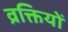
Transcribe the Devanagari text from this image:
व्रक्तियों